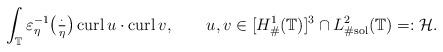
LaTeX: \begin{align*}\int_{\mathbb T}\varepsilon_\eta^{-1}\bigl(\tfrac{\cdot}{\eta}\bigr)\,{\rm curl}\,u\cdot {\rm curl}\,v,\ \ \ \ \ \ u,v\in [H^1_{\#}({\mathbb T})]^3\cap L^2_{\rm {\#}sol}(\mathbb T)=:{\mathcal H}.\end{align*}